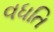
વધતિ